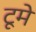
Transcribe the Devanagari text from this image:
टूमे